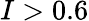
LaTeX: I>0.6